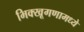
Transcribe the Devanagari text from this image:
भिक्खूगणामध्ये